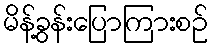
မိန့်ခွန်းပြောကြားစဉ်